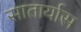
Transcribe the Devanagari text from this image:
सातार्यास